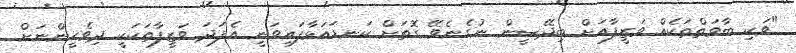
"ވަކި ބާވަތްތަކެއް ވަޒީފާއަށް ބިދޭސީން ނުގެނެވޭ ގޮތަށް ކަނޑައަޅާފައިވަނީ އެފަދަ ވަޒީފާތަކަކީ ދިވެހީންނަށް